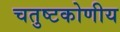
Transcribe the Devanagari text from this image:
चतुष्टकोणीय